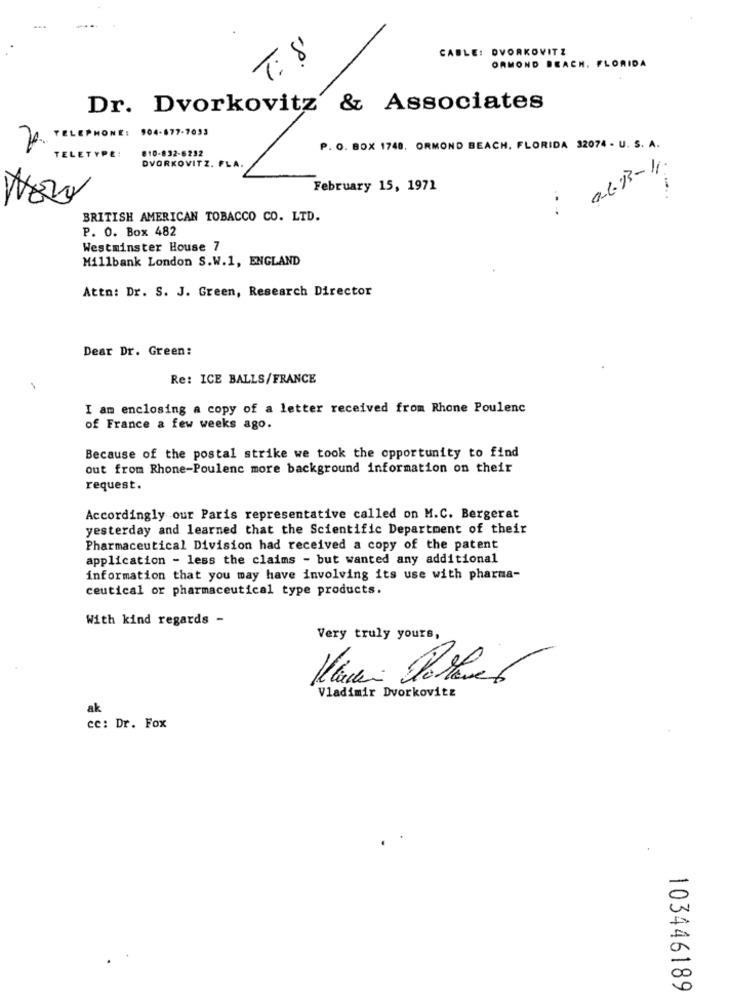
CABLE: DVORKOVITZ
T. 8
ORMOND BEACH, FLORIDA
Dr. Dvorkovitz & Associates
2. TELEPHONE: 904-877-7033
810-832-6232
P. O. BOX 1748. ORMOND BEACH, FLORIDA 32074 - U. S. A.
TELETYPE:
DVORKOVITZ. FLA.
February 15, 1971
BRITISH AMERICAN TOBACCO CO. LTD.
P. O. Box 482
Westminster House 7
Millbank London S.W.1, ENGLAND
Attn: Dr. S. J. Green, Research Director
Dear Dr. Green:
Re: ICE BALLS/FRANCE
I am enclosing a copy of a letter received from Rhone Poulenc
of France a few weeks ago.
Because of the postal strike we took the opportunity to find
out from Rhone-Poulenc more background information on their
request.
Accordingly our Paris representative called on M.C. Bergerat
yesterday and learned that the Scientific Department of their
Pharmaceutical Division had received a copy of the patent
application - less the claims - but wanted any additional
information that you may have involving its use with pharma-
ceutical or pharmaceutical type products.
With kind regards -
Very truly yours,
Vladimir Dvorkovitz
ak
cc: Dr. Fox
103446189